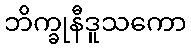
ဘိက္ခုနီဒူသကော